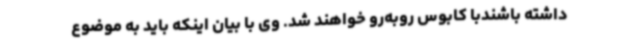
داشته باشندبا کابوس روبه‌رو خواهند شد. وی با بیان اینکه باید به موضوع